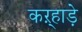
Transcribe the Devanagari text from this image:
कऱ्हाड़े